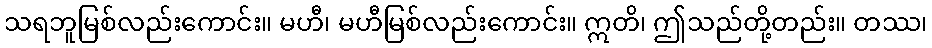
သရဘူမြစ်လည်းကောင်း။ မဟီ၊ မဟီမြစ်လည်းကောင်း။ ဣတိ၊ ဤသည်တို့တည်း။ တဿ၊